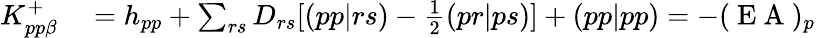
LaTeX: \begin{array}{rl}{K_{pp\beta}^{+}}&{{}=h_{pp}+\sum_{rs}D_{rs}[(pp|rs)-\frac{1}{2}(pr|ps)]+(pp|pp)=-(\mathrm{~E~A~})_{p}}\end{array}